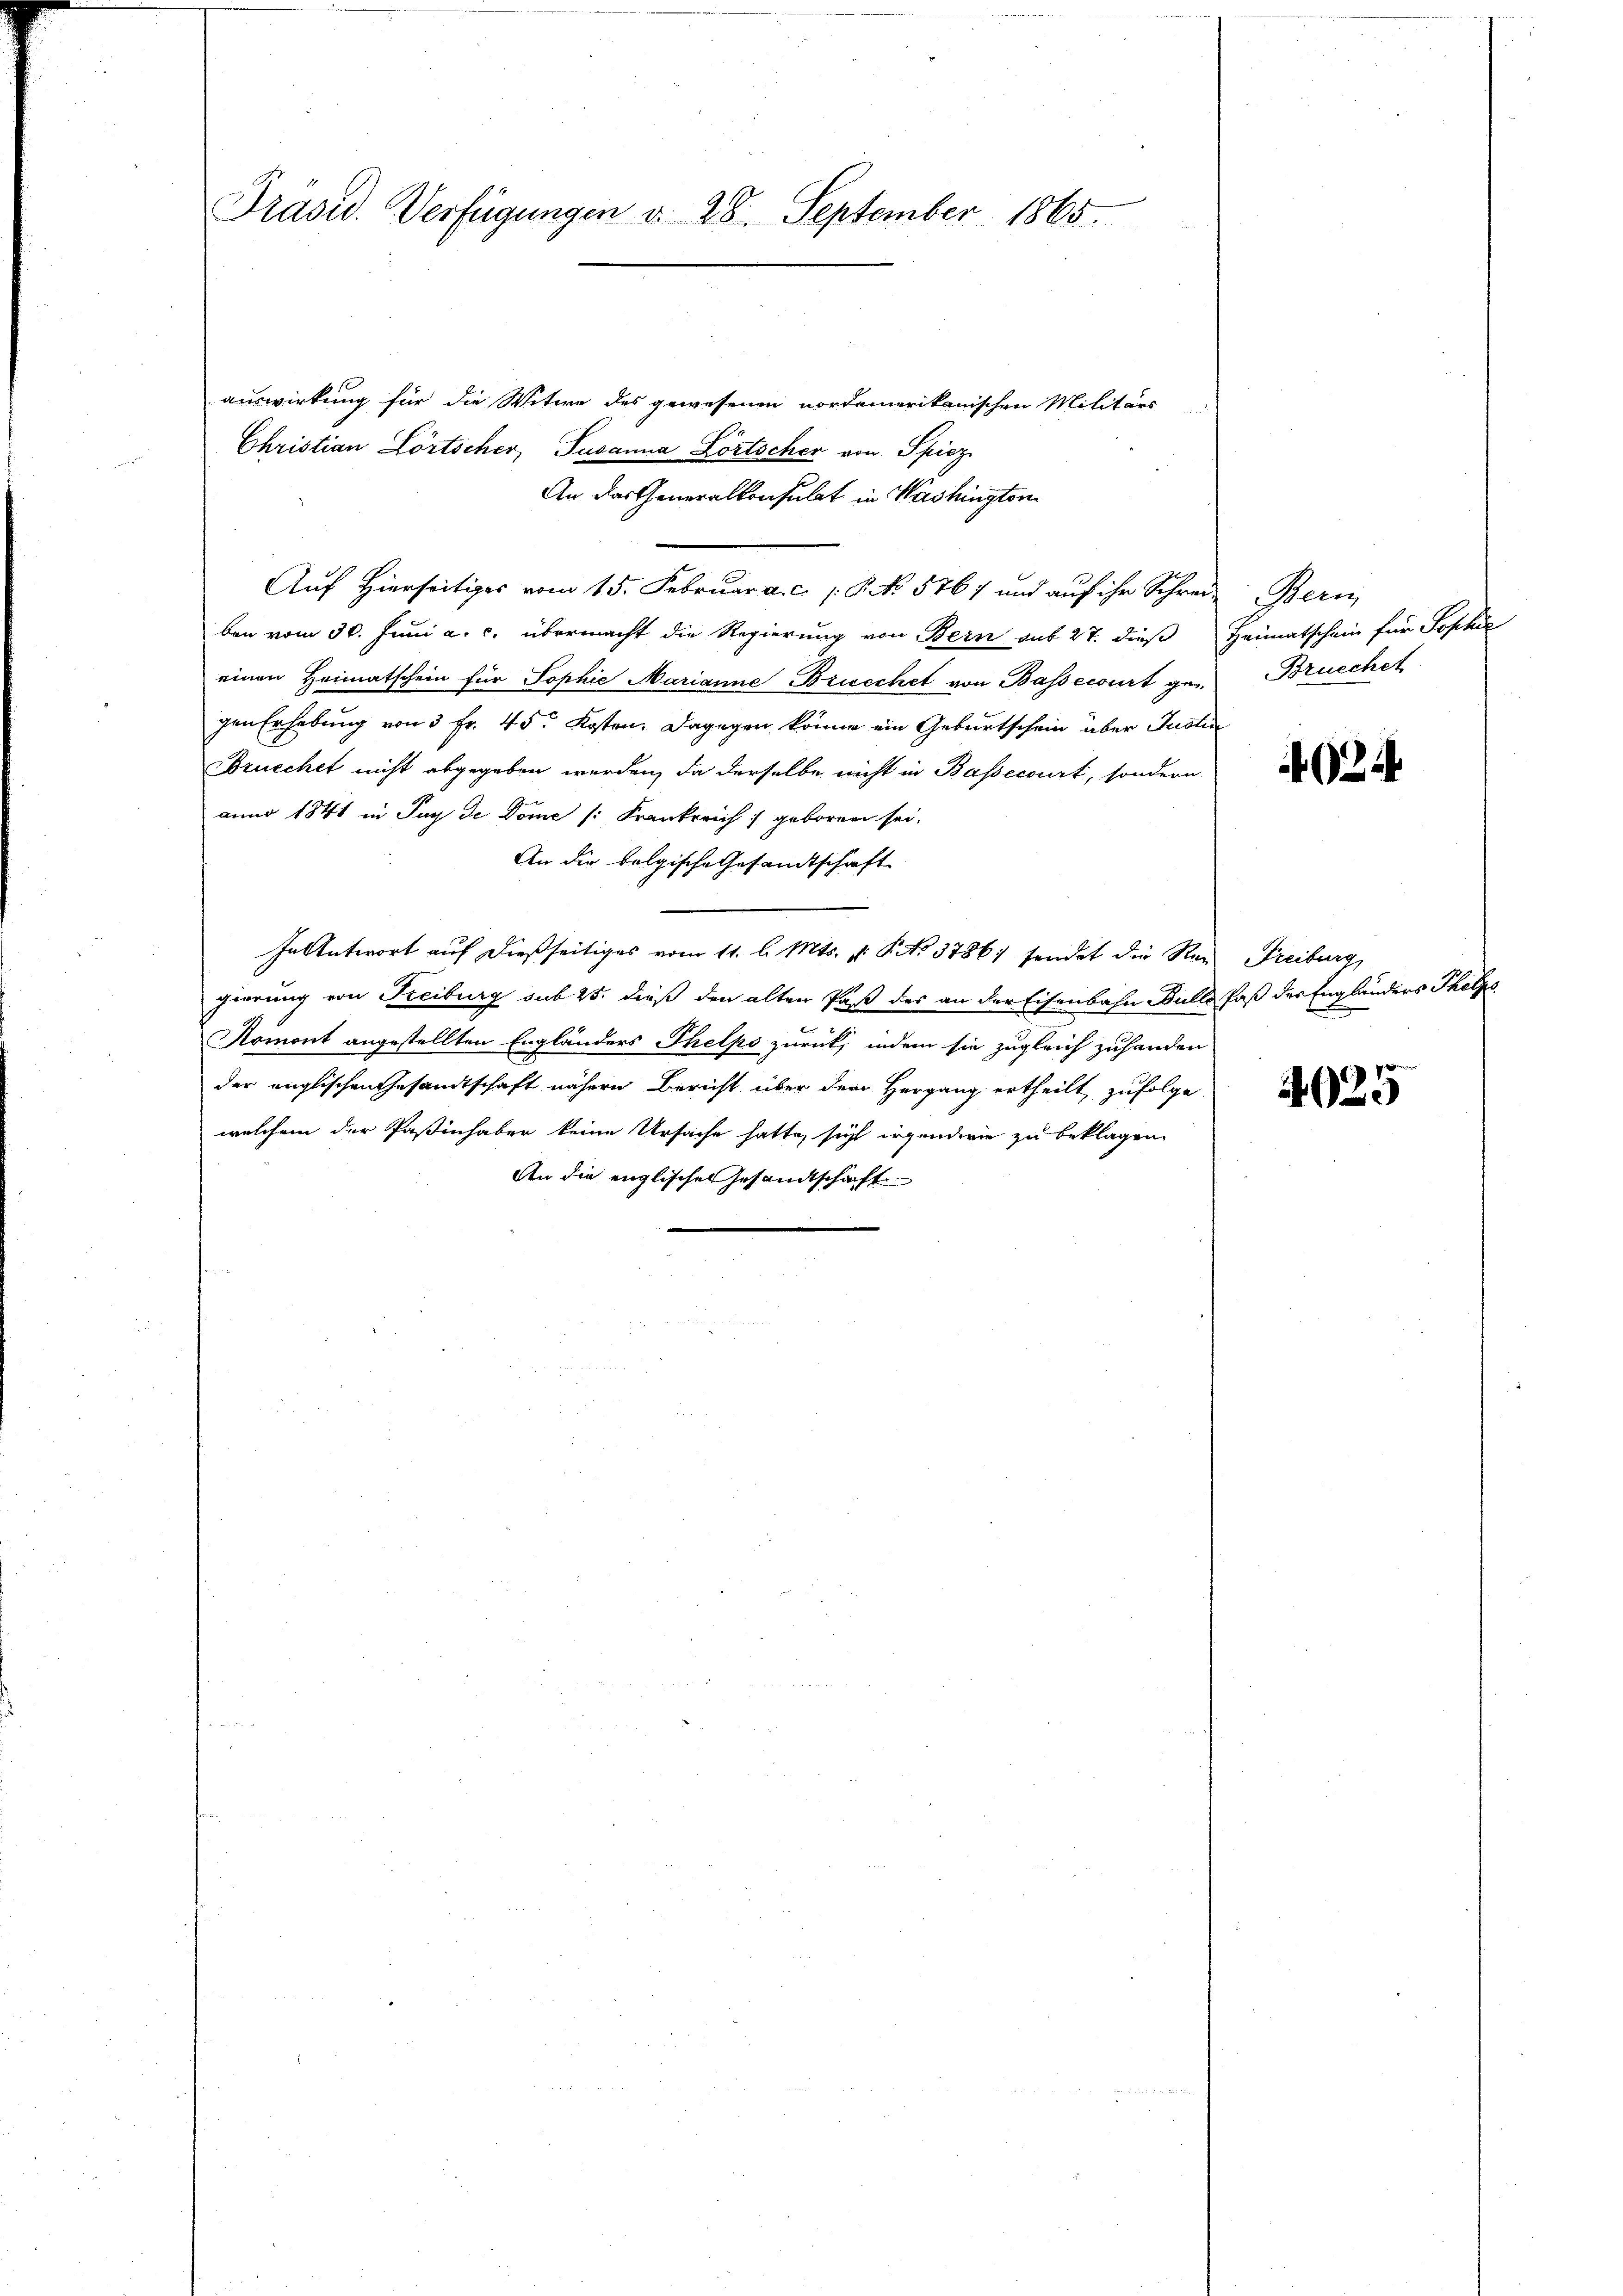
Präsid. Verfügungen d. 28. September 1865.

auswirkung für die Witwe des gewesenen nordamerikanischen Militärs
Christian Lörtscher, Pusanna Lörtscher von Spiez
An das Generalkonsulat in Washingten
Auf Hierseitiges vom 15. Februar a. c. 1. P. No 5767 und auf ihr Schreiben vom 30. Juni a. c. übermacht die Regierung von Bern sub 27. dieß
einen Heimatschein für Sophie Marianne Briechet von Bassecirt gegen Erhebung von 3 Fr. 45. Kosten. Dagegen könne ein Geburtschein über Justin
rucchet nicht abgegeben werden, da derselbe nicht in Bassecourt, sondern
anno 1841 in Juy de Dome (: Frankreich geboren sei.
An die belgische Gesandtschaft
In Antwort auf dießseitiges vom 11. l. Mts. v. P. No. 37861 sendet die Nan Freiburg,
gierung von Freiburg sub 25. dieß den alten Paß des an der Eisenbahn Bulla Paß der Engländers Thelzs
Romont angestellten Engländers Thelpo zurück, indem sie zugleich zuhanden.
der englischen Gesandtschaft nähern Bericht über dem Hergang ertheilt zufolge
welchem der Paßinhaber keine Ursache hatte, sich irgendwie zu beklagen.
An die englischen Gesandtschaft

Heinz
Heimatschein für Postul
Brucchet

24

4025